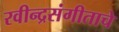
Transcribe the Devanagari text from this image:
रवीन्द्रसंगीताचे